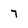
Character: 7